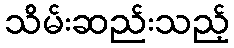
သိမ်းဆည်းသည့်